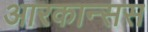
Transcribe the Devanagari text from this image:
आरकान्सस